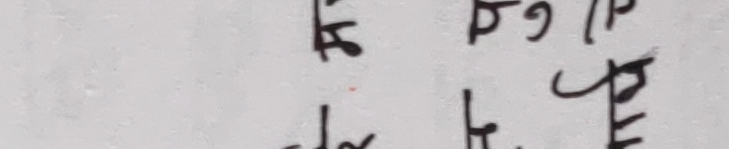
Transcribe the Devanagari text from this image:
हस्तान्तरण